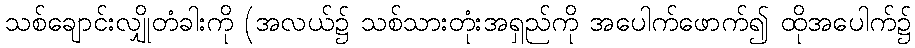
သစ်ချောင်းလျှိုတံခါးကို (အလယ်၌ သစ်သားတုံးအရှည်ကို အပေါက်ဖောက်၍ ထိုအပေါက်၌